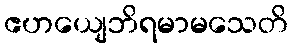
ဧဟယျေဘိရမာမသေတိ